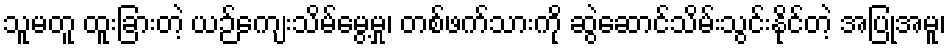
သူမတူ ထူးခြားတဲ့ ယဉ်ကျေးသိမ်မွေ့မှု၊ တစ်ဖက်သားကို ဆွဲဆောင်သိမ်းသွင်းနိုင်တဲ့ အပြုအမူ၊